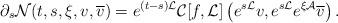
LaTeX: \begin{align*}\partial_s \mathcal{N}(t, s,\xi,v,\overline v) = e^{(t- s)\mathcal{L}} \mathcal{C}[f, \mathcal{L}] \left(e^{ s\mathcal{L}} v, e^{s\mathcal{L}} e^{\xi\mathcal{A}} \overline v \right).\end{align*}